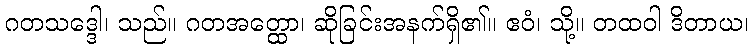
ဂတသဒ္ဒေါ၊ သည်။ ဂတအတ္ထော၊ ဆိုခြင်းအနက်ရှိ၏။ ဧဝံ၊ သို့။ တထဝါ ဒိတာယ၊